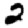
Digit: 2